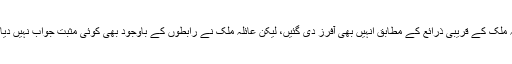
عائلہ ملک کے قریبی ذرائع کے مطابق انہیں بھی آفرز دی گئیں، لیکن عائلہ ملک نے رابطوں کے باوجود بھی کوئی مثبت جواب نہیں دیا ہے۔